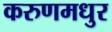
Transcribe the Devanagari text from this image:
करुणमधुर